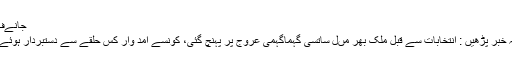
جانےف
یہ خبر پڑھیں : انتخابات سے قبل ملک بھر مںل ساتسی گہماگہمی عروج پر پہنچ گئی، کونسے امد وار کس حلقے سے دستبردار ہوئے؟